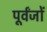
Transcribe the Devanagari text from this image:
पूर्वंजों